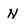
Character: N